Lunatic asylums Central Provinces reports 1895-1909 - 1895-1909
Year: 1895
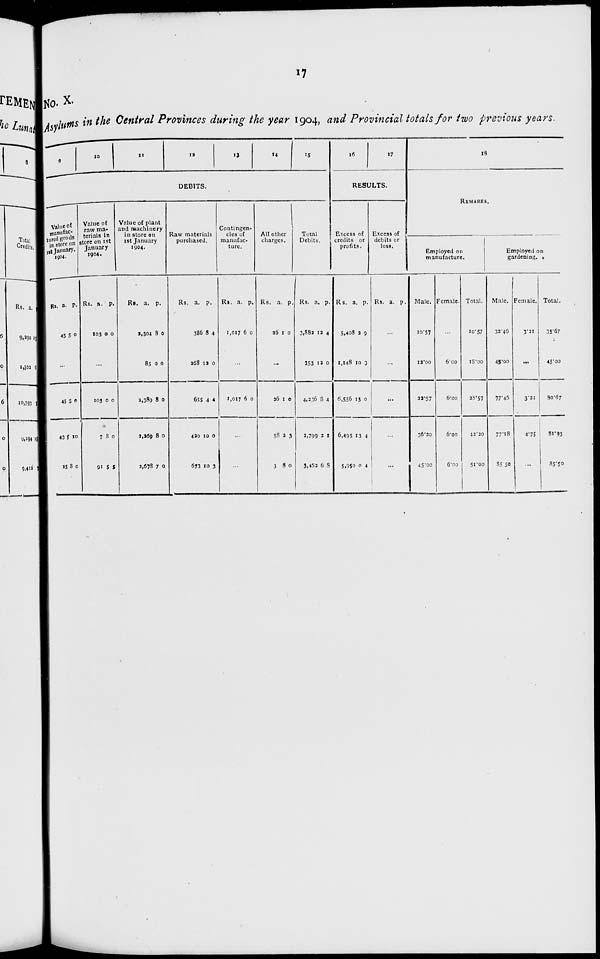
17
No. X.
Asylums in the Central Provinces during the year 1904, and Provincial totals for two previous years.
9
10
11
12
13
14
15
DEBITS.
Value of
manufac-
tured goods
in store on
1st January.
1904.
Rs.
45
a.
5
p.
0
...
45
43
15
5
5
8
0
10
0
Value of
raw ma-
terials in
store on 1st
January
1904.
Rs.
103
a.
0
p.
0
...
103
7
91
0
8
5
0
0
5
Value of plant
and machinery
in store on
1st January
1904.
Rs.
2,304
85
2,389
2,269
3,678
a.
8
0
8
8
7
p.
0
0
0
0
0
Raw materials
purchased.
Rs.
386
268
655
420
673
a.
8
12
4
10
10
p.
4
0
4
0
3
Contingen-
cies of
manufac-
ture.
Rs.
1,017
a.
6
p.
0
...
1,017 6 0
...
...
All other
charges.
Rs.
26
a.
1
p.
0
...
26
58
3
1
2
8
0
3
0
Total
Debits.
Rs.
3,882
353
4,236
2,799
3,463
a.
12
12
8
3
6
p.
4
0
4
1
8
16
17
RESULTS.
Excess of
credits or
profits.
Rs.
5,408
1,148
6,556
6,495
5,950
a.
2
10
13
13
0
p.
9
3
0
4
4
Excess of
debits or
loss.
Rs. a. p.
...
...
...
...
...
18
REMARKS.
Employed on
manufacture.
Male.
10.57
12.00
22.57
36.20
45.00
Female.
...
6.00
6.00
6.00
6.00
Total.
10.57
18.00
28.57
42.20
51.00
Employed on
gardening.
Male.
32.46
45.00
77.45
77.18
85.50
Female.
3.21
...
3.21
4.75
...
Total.
35.67
45.00
80.67
81.93
85.50